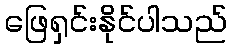
ဖြေရှင်းနိုင်ပါသည်